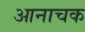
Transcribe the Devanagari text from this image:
आनाचक